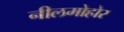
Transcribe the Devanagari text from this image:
नीलमोहोर